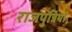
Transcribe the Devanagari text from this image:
राजपुत्रियों